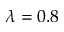
\lambda = 0 . 8